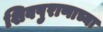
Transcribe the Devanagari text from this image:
शिवपुराणाच्या